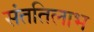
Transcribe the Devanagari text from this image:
संततिलाभ